Reports on dispensaries and lunatic asylums in the Province of Oudh - 1869-1876
Year: 1869
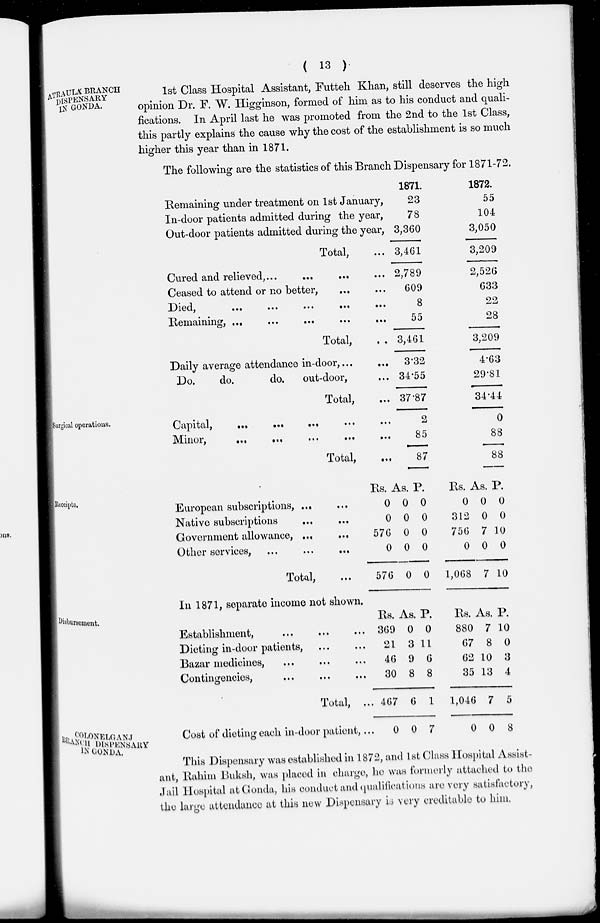
( 13 )
ATRAULA BRANCH
DISPENSARY
IN GONDA.
1st Class Hospital Assistant, Futteh Khan, still deserves the high
opinion Dr. F. W. Higginson, formed of him as to his conduct and quali-
fications. In April last he was promoted from the 2nd to the 1st Class,
this partly explains the cause why the cost of the establishment is so much
higher this year than in 1871.
The following are the statistics of this Branch Dispensary for 1871-72.
Remaining under treatment on 1st January,
In-door patients admitted during the year,
Out-door patients admitted during the year,
Total, ...
Cured and relieved, ... ... ... ...
Ceased to attend or no better, ... ...
Died,
...
...
...
...
...
Remaining,
...
...
...
...
...
Total, ...
Daily average attendance in-door, ... ...
Do.
do.
do,
out-door, ...
Total, ...
1871.
23
78
3,360
3,461
2,789
609
8
55
3,461
3.32
34.55
37.87
1872.
55
104
3,050
3,209
2,526
633
22
28
3,209
4.63
29.81
34.44
Surgical operations.
Capital,
...
...
...
...
...
Minor,
...
...
...
...
...
Total,
...
2
85
87
0
88
88
Receipts.
European subscriptions, ... ...
Native subscriptions
... ...
Government allowance,
...
...
Other services, ...
...
...
Total, ...
Rs.
0
0
576
0
576
As.
0
0
0
0
0
P.
0
0
0
0
0
Rs.
0
312
756
0
1,068
As.
0
0
7
0
7
P.
0
0
10
0
10
Disbursement.
In 1871, separate income not shown.
Establishment, ... ... ...
Dieting in-door patients, ... ...
Bazar medicines, ... ... ...
Contingencies, ... ... ...
Total, ...
Cost of dieting each in-door patient, ...
Rs.
369
21
46
30
467
0
As.
0
3
9
8
6
0
P.
0
11
6
8
1
7
Rs.
880
67
62
35
1,046
0
As.
7
8
10
13
7
0
P.
10
0
3
4
5
8
COLONELGANJ
BRANCH DIAPENSARY
IN GONDA
This Dispensary was established in 1872, and 1st Class Hospital Assist-
ant, Rahim Buksh, was placed in charge, he was formerly attached to the
Jail Hospital at Gonda, his conduct and qualifications are very satisfactory,
the large attendance at this new Dispensary is very creditable to him.